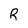
Character: R